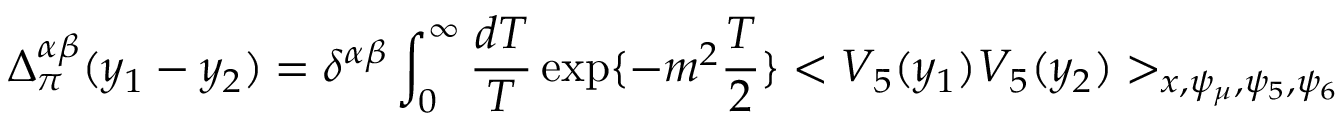
\Delta _ { \pi } ^ { \alpha \beta } ( y _ { 1 } - y _ { 2 } ) = \delta ^ { \alpha \beta } \int _ { 0 } ^ { \infty } \frac { d T } { T } \exp \{ - m ^ { 2 } \frac { T } { 2 } \} < V _ { 5 } ( y _ { 1 } ) V _ { 5 } ( y _ { 2 } ) > _ { x , \psi _ { \mu } , \psi _ { 5 } , \psi _ { 6 } }